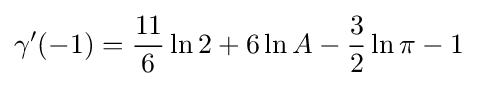
\gamma '(-1)={\frac {11}{6}}\ln 2+6\ln A-{\frac {3}{2}}\ln \pi -1